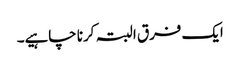
ایک فرق البتہ کرنا چاہیے۔